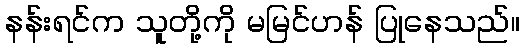
နန်းရင်က သူတို့ကို မမြင်ဟန် ပြုနေသည်။